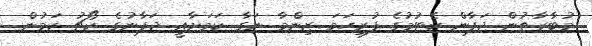
މުބާރާތުން ޖަޕާން ކެޓުމުގެ ފުރިހަމަ ޒިންމާ ނަގާ ކަމަށާއީ ޖަޕާނުގެ ކޯޗު ކަމުން